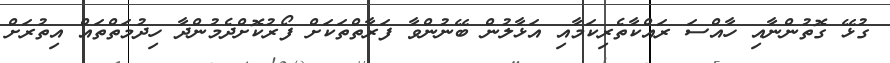
ގުޅޭ ގޮތުންނާއި ހާއްސަ ރައްކާތެރިކަމާއި އަޅާލުން ބޭނުންވާ ފަރާތްތަކަށް ފޯރުކޮށްދެމުންދާ ހިދުމަތްތައް އިތުރަށް